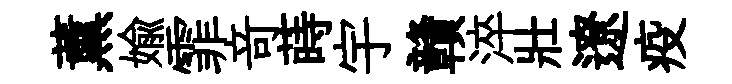
薰媮霏竒蒔宇贛淬壯遼疫